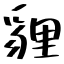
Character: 貍